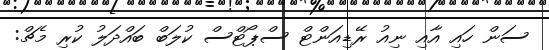
ސަން ހައި އާއި ނިއު ރޭޑިއަންޓް ސްޕޯޓްސް ކުލަބް ބައްދަލު ކުރި މެޗް: